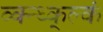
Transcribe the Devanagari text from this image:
व्क्न्ध्क्ल्कं